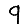
Digit: 9